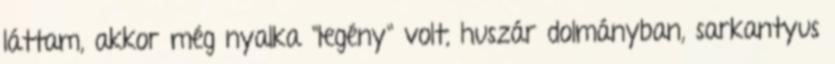
láttam, akkor még nyalka "legény" volt, huszár dolmányban, sarkantyus